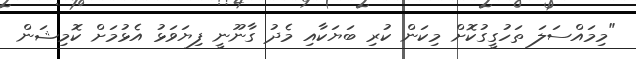
"މިމައްސަލަ ތަހުގީގުކޮށް މިކަން ކުރި ބަޔަކާއި މެދު ގާނޫނީ ފިޔަވަޅު އެޅުމަށް ކޮމިޝަން